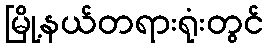
မြို့နယ်တရားရုံးတွင်